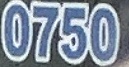
0750